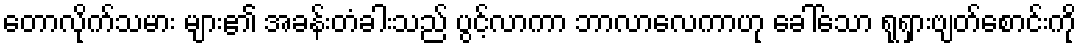
တောလိုက်သမား များ၏ အခန်းတံခါးသည် ပွင့်လာကာ ဘာလာလေကာဟု ခေါ်သော ရုရှားဗျတ်စောင်းကို